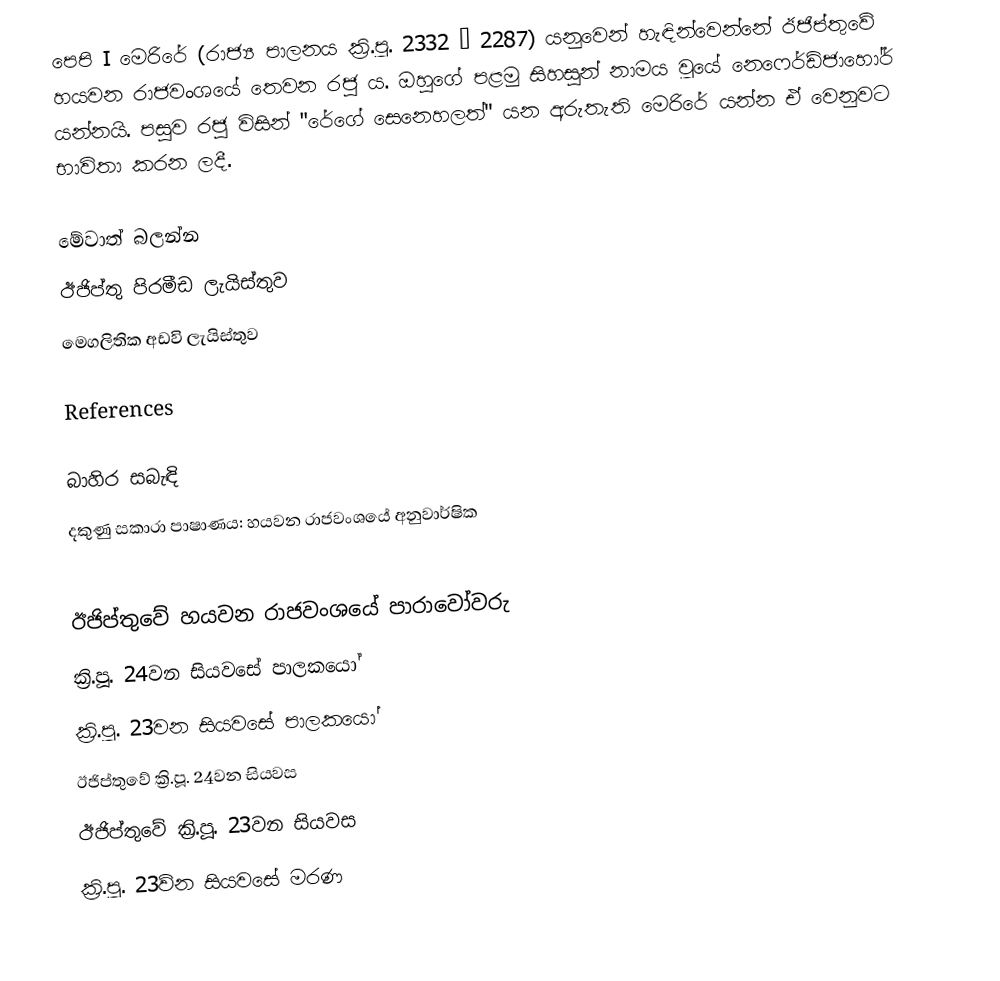
පෙපි I මෙරිරේ (රාජ්‍ය පාලනය ක්‍රි.පූ. 2332 – 2287) යනුවෙන් හැඳින්වෙන්නේ ඊජිප්තුවේ හයවන රාජවංශයේ තෙවන රජු ය. ඔහුගේ පළමු සිහසුන් නාමය වූයේ නෙෆෙර්ඩ්ජාහෝර් යන්නයි. පසුව රජු විසින් "රේගේ සෙනෙහලත්" යන අරුතැති මෙරිරේ යන්න ඒ වෙනුවට භාවිතා කරන ලදී.

මේවාත් බලන්න
ඊජිප්තු පිරමීඩ ලැයිස්තුව
මෙගලිතික අඩවි ලැයිස්තුව

References

බාහිර සබැඳි
 දකුණු සකාරා පාෂාණය: හයවන රාජවංශයේ අනුවාර්ෂික

ඊජිප්තුවේ හයවන රාජවංශයේ පාරාවෝවරු
ක්‍රි.පූ. 24වන සියවසේ පාලකයෝ
ක්‍රි.පූ. 23වන සියවසේ පාලකයෝ
ඊජිප්තුවේ ක්‍රි.පූ. 24වන සියවස
ඊජිප්තුවේ ක්‍රි.පූ. 23වන සියවස
ක්‍රි.පූ. 23ව්න සියවසේ මරණ